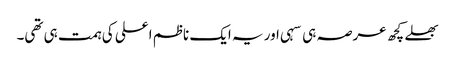
بھلے کچھ عرصہ ہی سہی اور یہ ایک ناظم اعلی کی ہمت ہی تھی۔